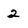
Character: 2